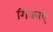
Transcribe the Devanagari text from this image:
गिकाए